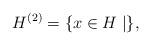
LaTeX: \begin{align*}H^{(2)}=\{ x\in H \mid \},\end{align*}